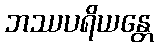
ဘဿပရိယန္တေ